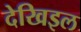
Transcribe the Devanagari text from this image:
देखिइल